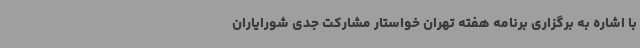
با اشاره به برگزاری برنامه هفته تهران خواستار مشارکت جدی شورایاران